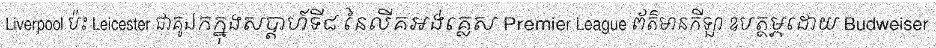
Liverpool ប៉ះ Leicester ជាគូឯកក្នុងសប្តាហ៍ទី៨ នៃលីគអង់គ្លេស Premier League ព័ត៌មានកីឡា ឧបត្ថម្ភដោយ Budweiser